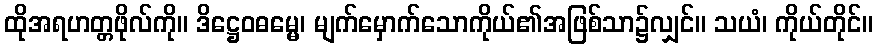
ထိုအရဟတ္တဖိုလ်ကို။ ဒိဋ္ဌေဝဓမ္မေ၊ မျက်မှောက်သောကိုယ်၏အဖြစ်သာ၌လျှင်။ သယံ၊ ကိုယ်တိုင်။